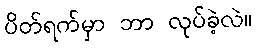
ပိတ်ရက်မှာ ဘာ လုပ်ခဲ့လဲ။